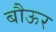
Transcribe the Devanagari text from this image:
बौऊर